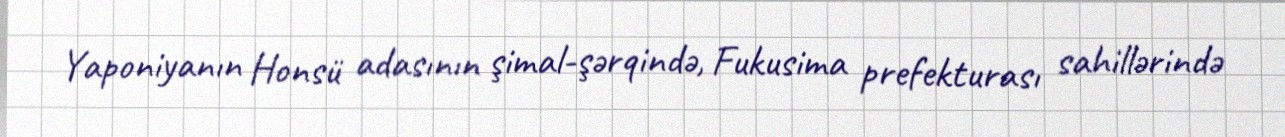
Yaponiyanın Honsü adasının şimal-şərqində, Fukusima prefekturası sahillərində